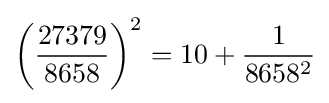
\left({\frac {27379}{8658}}\right)^{2}=10+{\frac {1}{8658^{2}}}